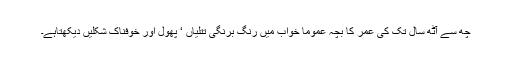
چھ سے آٹھ سال تک کی عمر کا بچہ عموماً خواب میں رنگ برنگی تتلیاں ‘ پھول اور خوفناک شکلیں دیکھتاہے۔